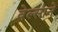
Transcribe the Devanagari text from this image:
वेल्साने